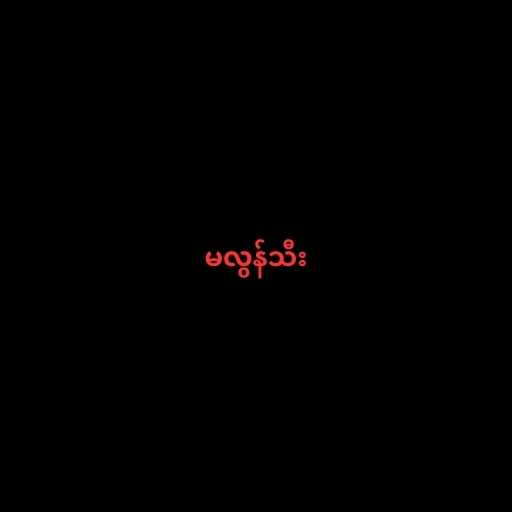
မလွန်သီး